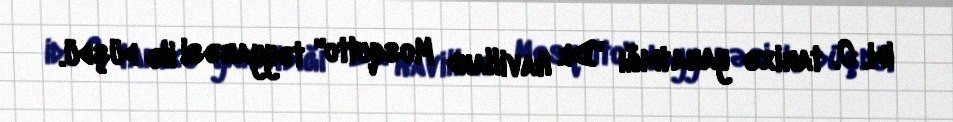
idi. O, tarixə yaratdığı "De Havilland Mosquito" təyyarəsi ilə düşdü.